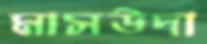
মাসউদা